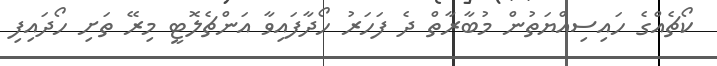
ކޯޗެއްގެ ހައިސިއްޔަތުން މުބާރާތް ދެ ފަހަރު ހޯދާފައިވާ އަންޗެލޮޓީ މިރޭ ތަށި ހޯދައިފި